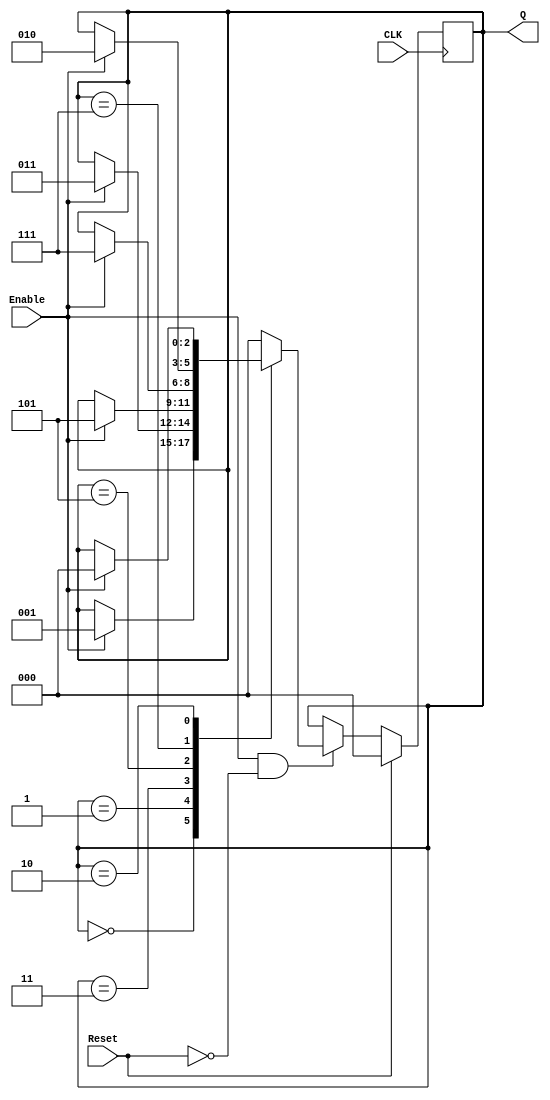
`timescale 1ns / 1ps

module custom_counter(CLK, Reset, Enable, Q);

input CLK;
input Reset;
input Enable;
output [2:0] Q;

reg [2:0] current;
reg [2:0] next;

// Each state
localparam s0 = 3'b000; // 000
localparam s1 = 3'b001; // 001
localparam s2 = 3'b011; // 011
localparam s3 = 3'b101; // 101
localparam s4 = 3'b111; // 111
localparam s5 = 3'b010; // 010

assign Q = current;

always @(posedge CLK)
    begin
        if(Reset)
            current = s0;
        else if (Enable && ~Reset)
            current = next;
    end

always @(CLK or Reset or Enable)
    begin
        next = current;
        case(current)
            s0: if(Enable)
                    next = s1;
            s1: if(Enable)
                    next = s2;
            s2: if(Enable)
                    next = s3;
            s3: if(Enable)
                    next = s4;
            s4: if(Enable)
                    next = s5;
            s5: if(Enable)
                    next = s0;
            default: 
                    next = s0;
        endcase
    end
endmodule